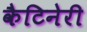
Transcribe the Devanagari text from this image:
कैटिनेरी